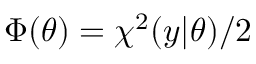
\Phi ( \theta ) = \chi ^ { 2 } ( y | \theta ) / 2